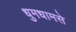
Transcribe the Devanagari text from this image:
धुमधामसे